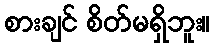
စားချင် စိတ်မရှိဘူး။